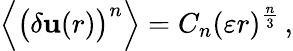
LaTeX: {\Big\langle}{\big(}\delta\mathbf{u}(r){\big)}^{n}{\Big\rangle}=C_{n}(\varepsilon r)^{\frac{n}{3}}\, ,